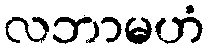
လဘာမဟံ